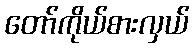
တော်ကိုယ်စားလှယ်